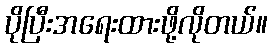
ပိုပြီးအရေးထားဖို့လိုတယ်။